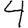
Digit: 4